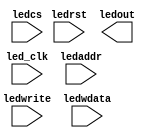
`timescale 1ns / 1ps
//////////////////////////////////////////////////////////////////////////////////

module leds(led_clk, ledrst, ledwrite, ledcs, ledaddr,ledwdata, ledout);
    input led_clk;    		    // 
    input ledrst; 		        // 
    input ledwrite;		       // 
    input ledcs;		      // memorioLED   !!!!!!!!!!!!!!!!!
    input[1:0] ledaddr;	        //  LED  !!!!!!!!!!!!!!!!!!!!
    input[15:0] ledwdata;	  //  LED16
    output[23:0] ledout;	//  24LED
  
    reg [23:0] ledout;
    
    always@(posedge led_clk or posedge ledrst) begin
    
        // LDE
  
    end
endmodule